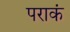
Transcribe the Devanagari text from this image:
पराकं